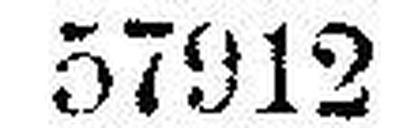
57912